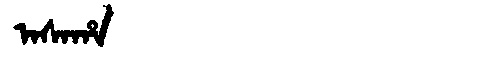
Manchu: ᠠᠰᠠᡥᠠ
Romanization: ASAHA